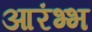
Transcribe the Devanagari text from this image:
आरंभ्भ